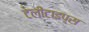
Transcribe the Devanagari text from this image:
टेलीटाइप्स